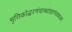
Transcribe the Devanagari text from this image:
मृत्तिकोद्धरणंचास्थांग्रहणंचयथाक्रमं